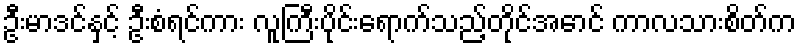
ဦးမာဒင်နှင့် ဦးစံရင်ကား လူကြီးပိုင်းရောက်သည့်တိုင်အောင် ကာလသားစိတ်က